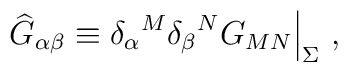
{\widehat G}_{\alpha\beta}\equiv{\delta_\alpha}^M{\delta_\beta}^N G_{MN} \Big|_\Sigma~,